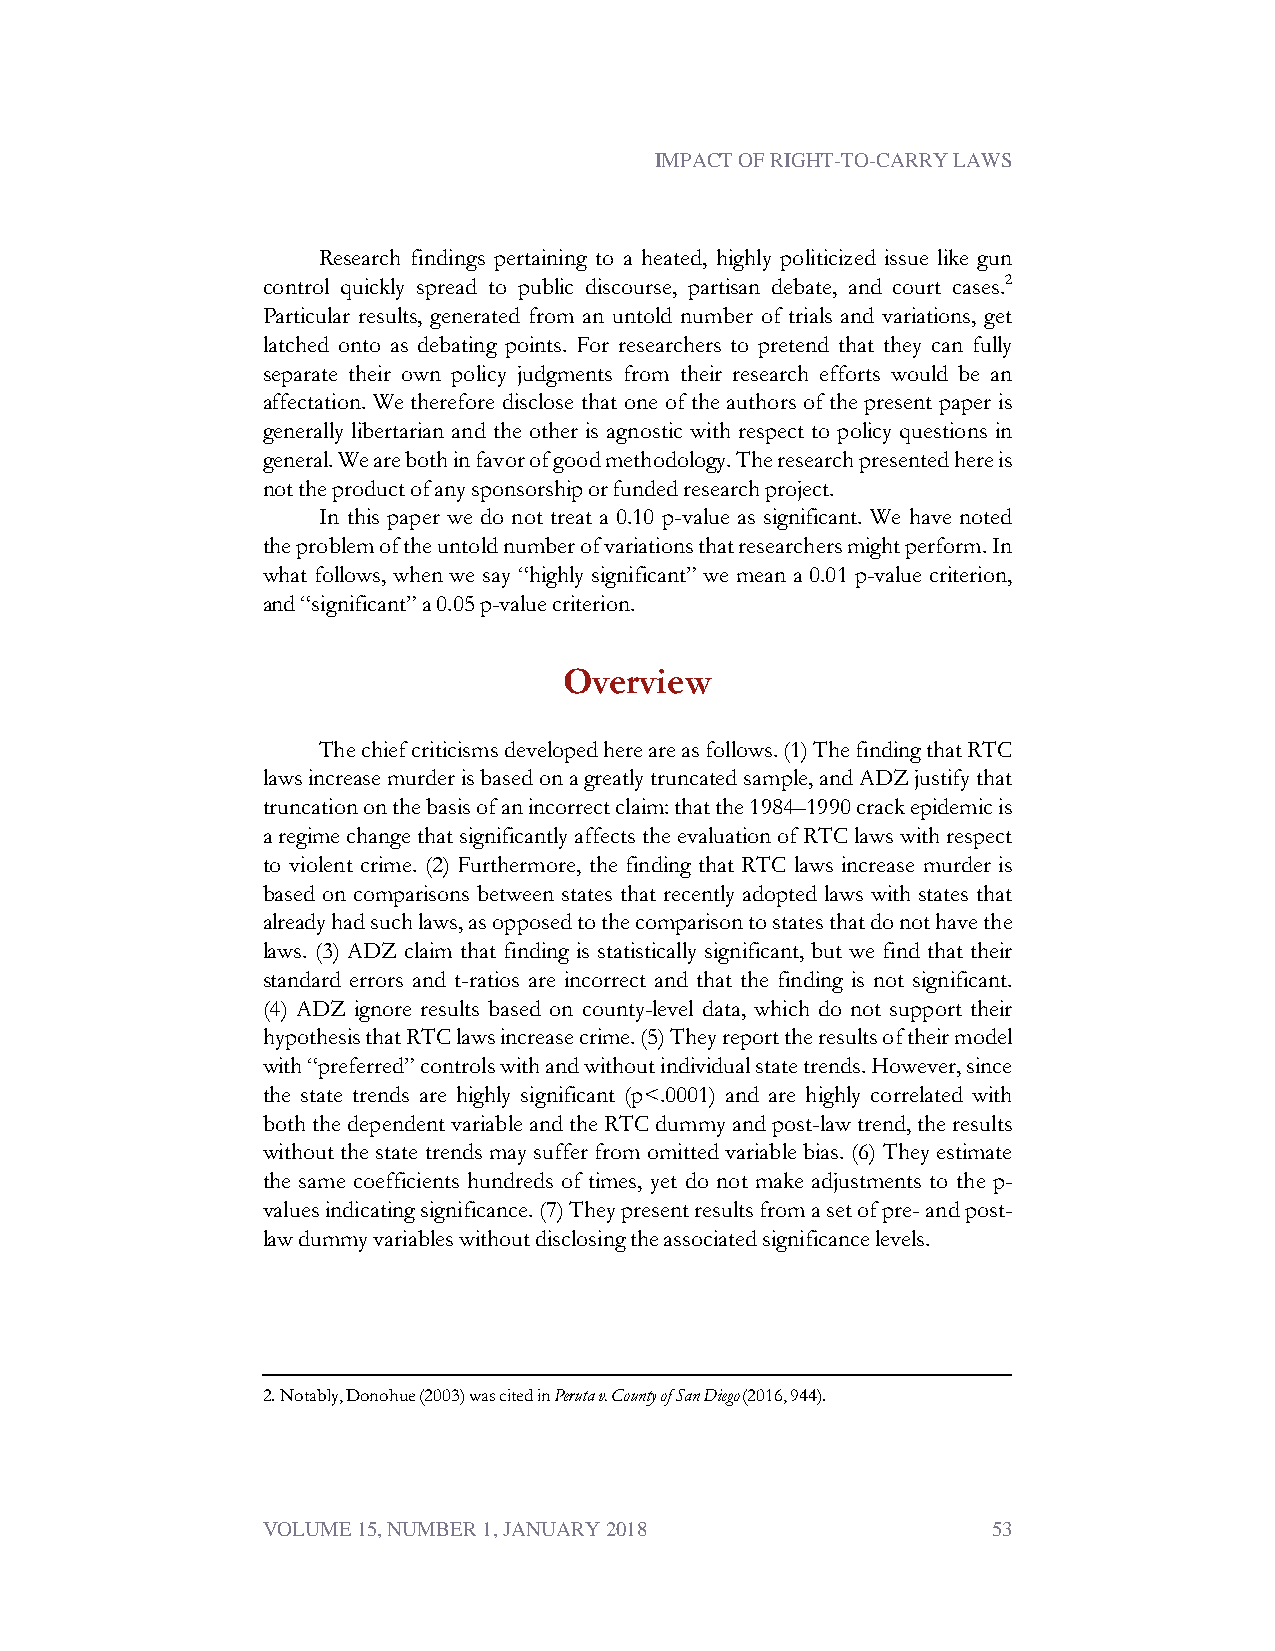
IMPACT OF RIGHT-TO-CARRY LAWS
 Research findings pertaining to a heated, highly politicized issue like gun
 control quickly spread to public discourse, partisan debate, and court cases.2
 Particular results, generated from an untold number of trials and variations, get
 latched onto as debating points. For researchers to pretend that they can fully
 separate their own policy judgments from their research efforts would be an
 affectation. We therefore disclose that one of the authors of the present paper is
 generally libertarian and the other is agnostic with respect to policy questions in
 general.Wearebothinfavorofgoodmethodology.Theresearchpresentedhereis
 nottheproductofanysponsorshiporfundedresearchproject.
 In this paper we do not treat a 0.10 p-value as significant. We have noted
 theproblemoftheuntoldnumberofvariationsthatresearchersmightperform.In
 what follows, when we say “highly significant” we mean a 0.01 p-value criterion,
 and“significant”a0.05p-valuecriterion.
 Overview
 Thechiefcriticismsdevelopedhereareasfollows.(1)ThefindingthatRTC
 lawsincreasemurderisbasedonagreatlytruncatedsample,andADZjustifythat
 truncationonthebasisofanincorrectclaim:thatthe1984–1990crackepidemicis
 aregimechangethatsignificantlyaffectstheevaluationofRTClawswithrespect
 to violent crime. (2) Furthermore, the finding that RTC laws increase murder is
 based on comparisons between states that recently adopted laws with states that
 alreadyhadsuchlaws,asopposedtothecomparisontostatesthatdonothavethe
 laws. (3) ADZ claim that finding is statistically significant, but we find that their
 standard errors and t-ratios are incorrect and that the finding is not significant.
 (4) ADZ ignore results based on county-level data, which do not support their
 hypothesisthatRTClawsincreasecrime.(5)Theyreporttheresultsoftheirmodel
 with“preferred”controlswithandwithoutindividualstatetrends.However,since
 the state trends are highly significant (p<.0001) and are highly correlated with
 boththedependentvariableandtheRTCdummyandpost-lawtrend,theresults
 without the state trends may suffer from omitted variable bias. (6) They estimate
 the same coefficients hundreds of times, yet do not make adjustments to the p-
 valuesindicatingsignificance.(7)Theypresentresultsfromasetofpre-andpost-
 lawdummyvariableswithoutdisclosingtheassociatedsignificancelevels.
 2.Notably,Donohue(2003)wascitedinPerutav.CountyofSanDiego(2016,944).
 VOLUME 15, NUMBER 1, JANUARY 2018                53